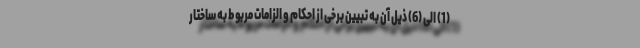
(1) الی (6) ذیل آن به تبیین برخی از احکام و الزامات مربوط به ساختار